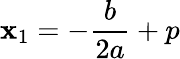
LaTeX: \mathbf{x}_{1}=-\frac{{b}}{{2a}}+p